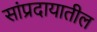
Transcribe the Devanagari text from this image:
सांप्रदायातील